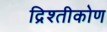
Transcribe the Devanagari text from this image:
द्रिश्तीकोण